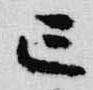
亡